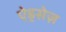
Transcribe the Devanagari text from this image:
ऐड्रसेज़